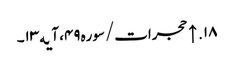
۱۸. ↑ حجرات/سوره۴۹، آیه۱۳۔